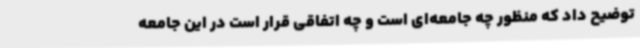
توضیح داد که منظور چه جامعه‌ای است و چه اتفاقی قرار است در این جامعه